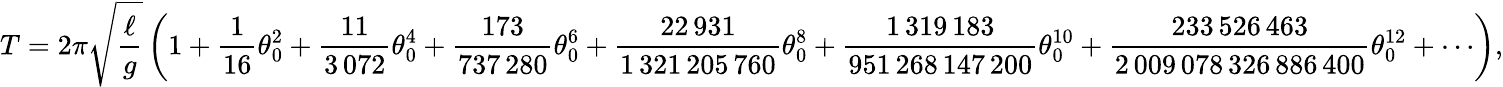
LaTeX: T=2\pi{\sqrt{\frac{\ell}{g}}}\left(1+{\frac{1}{16}}\theta_{0}^{2}+{\frac{11}{3\, 072}}\theta_{0}^{4}+{\frac{173}{737\, 280}}\theta_{0}^{6}+{\frac{22\, 931}{1\, 321\, 205\, 760}}\theta_{0}^{8}+{\frac{1\, 319\, 183}{951\, 268\, 147\, 200}}\theta_{0}^{10}+{\frac{233\, 526\, 463}{2\, 009\, 078\, 326\, 886\, 400}}\theta_{0}^{12}+\cdots\right),